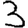
Digit: 3